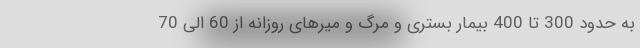
به حدود 300 تا 400 بیمار بستری و مرگ و میرهای روزانه از 60 الی 70